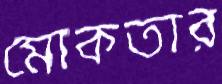
মোকতার